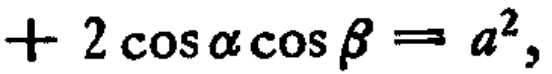
$+2\cos\alpha\cos\beta = a^{2},$